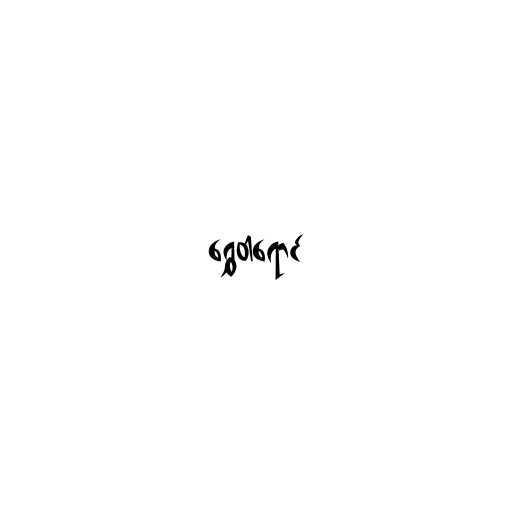
ရွှေဝါရောင်